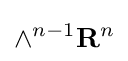
\wedge ^{n-1}\mathbf {R} ^{n}